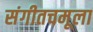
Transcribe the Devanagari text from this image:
संगीतचमूला